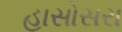
હાસોસરા